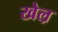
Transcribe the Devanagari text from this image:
खेल़